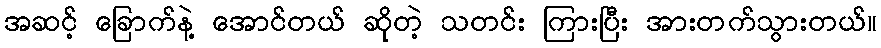
အဆင့် ခြောက်နဲ့ အောင်တယ် ဆိုတဲ့ သတင်း ကြားပြီး အားတက်သွားတယ်။